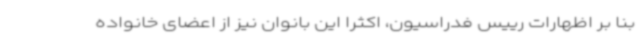
بنا بر اظهارات رییس فدراسیون، اکثرا این بانوان نیز از اعضای خانواده